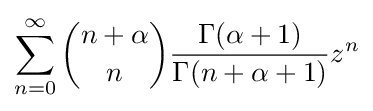
\sum _{n=0}^{\infty }{\binom {n+\alpha }{n}}{\frac {\Gamma (\alpha +1)}{\Gamma (n+\alpha +1)}}z^{n}